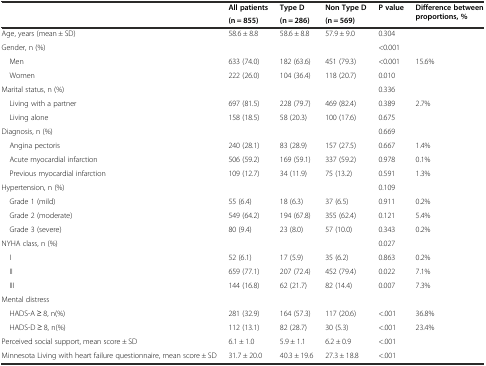
<table><thead><tr><td rowspan="2"></td><td><b>All patients</b></td><td><b>Type D</b></td><td><b>Non Type D</b></td><td rowspan="2"><b>P value</b></td><td rowspan="2"><b>Difference between proportions, %</b></td></tr><tr><td><b>(n = 855)</b></td><td><b>(n = 286)</b></td><td><b>(n = 569)</b></td></tr></thead><tbody><tr><td>Age, years (mean ± SD)</td><td>58.6 ± 8.8</td><td>58.6 ± 8.8</td><td>57.9 ± 9.0</td><td>0.304</td><td></td></tr><tr><td>Gender, n (%)</td><td></td><td></td><td></td><td>&lt;0.001</td><td></td></tr><tr><td>Men</td><td>633 (74.0)</td><td>182 (63.6)</td><td>451 (79.3)</td><td>&lt;0.001</td><td>15.6%</td></tr><tr><td>Women</td><td>222 (26.0)</td><td>104 (36.4)</td><td>118 (20.7)</td><td>0.010</td><td></td></tr><tr><td>Marital status, n (%)</td><td></td><td></td><td></td><td>0.336</td><td></td></tr><tr><td>Living with a partner</td><td>697 (81.5)</td><td>228 (79.7)</td><td>469 (82.4)</td><td>0.389</td><td>2.7%</td></tr><tr><td>Living alone</td><td>158 (18.5)</td><td>58 (20.3)</td><td>100 (17.6)</td><td>0.675</td><td></td></tr><tr><td>Diagnosis, n (%)</td><td></td><td></td><td></td><td>0.669</td><td></td></tr><tr><td>Angina pectoris</td><td>240 (28.1)</td><td>83 (28.9)</td><td>157 (27.5)</td><td>0.667</td><td>1.4%</td></tr><tr><td>Acute myocardial infarction</td><td>506 (59.2)</td><td>169 (59.1)</td><td>337 (59.2)</td><td>0.978</td><td>0.1%</td></tr><tr><td>Previous myocardial infarction</td><td>109 (12.7)</td><td>34 (11.9)</td><td>75 (13.2)</td><td>0.591</td><td>1.3%</td></tr><tr><td>Hypertension, n (%)</td><td></td><td></td><td></td><td>0.109</td><td></td></tr><tr><td>Grade 1 (mild)</td><td>55 (6.4)</td><td>18 (6.3)</td><td>37 (6.5)</td><td>0.911</td><td>0.2%</td></tr><tr><td>Grade 2 (moderate)</td><td>549 (64.2)</td><td>194 (67.8)</td><td>355 (62.4)</td><td>0.121</td><td>5.4%</td></tr><tr><td>Grade 3 (severe)</td><td>80 (9.4)</td><td>23 (8.0)</td><td>57 (10.0)</td><td>0.343</td><td>0.2%</td></tr><tr><td>NYHA class, n (%)</td><td></td><td></td><td></td><td>0.027</td><td></td></tr><tr><td>I</td><td>52 (6.1)</td><td>17 (5.9)</td><td>35 (6.2)</td><td>0.863</td><td>0.2%</td></tr><tr><td>II</td><td>659 (77.1)</td><td>207 (72.4)</td><td>452 (79.4)</td><td>0.022</td><td>7.1%</td></tr><tr><td>III</td><td>144 (16.8)</td><td>62 (21.7)</td><td>82 (14.4)</td><td>0.007</td><td>7.3%</td></tr><tr><td>Mental distress</td><td></td><td></td><td></td><td></td><td></td></tr><tr><td>HADS-A ≥ 8, n(%)</td><td>281 (32.9)</td><td>164 (57.3)</td><td>117 (20.6)</td><td>&lt;.001</td><td>36.8%</td></tr><tr><td>HADS-D ≥ 8, n(%)</td><td>112 (13.1)</td><td>82 (28.7)</td><td>30 (5.3)</td><td>&lt;.001</td><td>23.4%</td></tr><tr><td>Perceived social support, mean score ± SD</td><td>6.1 ± 1.0</td><td>5.9 ± 1.1</td><td>6.2 ± 0.9</td><td>&lt;.001</td><td></td></tr><tr><td>Minnesota Living with heart failure questionnaire, mean score ± SD</td><td>31.7 ± 20.0</td><td>40.3 ± 19.6</td><td>27.3 ± 18.8</td><td>&lt;.001</td><td></td></tr></tbody></table>